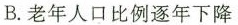
B.老年人口比例逐年下降